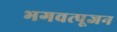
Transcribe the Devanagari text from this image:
भगवत्पूजन